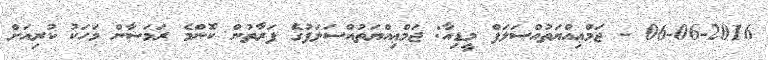
06-06-2016 - ޖަމްޢިއްޔަތުއްސަލަފް މީޑިއާ: ޖަމްޢިއްޔަތުއްސަލަފުގެ ފަރާތުން ކޮންމެ ރަމަޟާން މަހަކު ކުރިއަށް